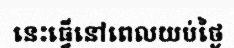
នេះធ្វើនៅពេលយប់ថ្ងៃ